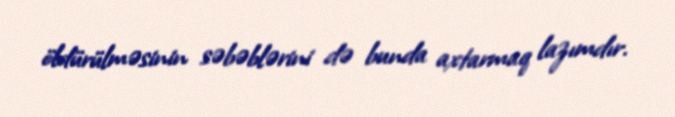
öldürülməsinin səbəblərini də bunda axtarmaq lazımdır.